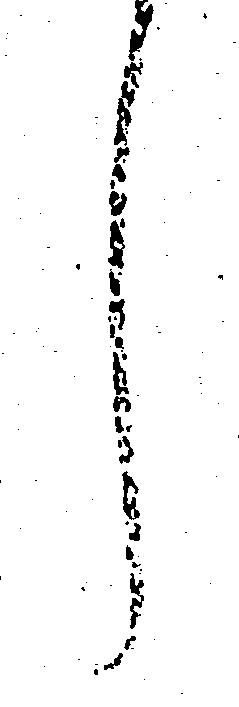
し